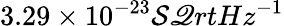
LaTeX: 3.29\times10^{-23}\mathcal{S}\mathscr{Q}rt{Hz}^{-1}